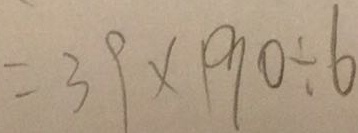
= 3 9 \times 1 9 0 \div 6